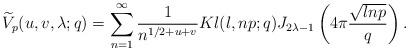
LaTeX: \begin{align*} \widetilde{V}_p(u,v,\lambda;q)=\sum_{n=1}^{\infty}\frac{1}{n^{1/2+u+v}}Kl(l,np;q)J_{2\lambda-1}\left( 4\pi \frac{\sqrt{lnp}}{q}\right).\end{align*}